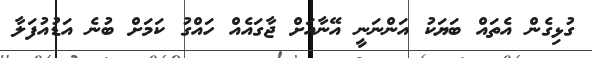
ގުޅިގެން އެތައް ބަޔަކު އަންނަނީ އޭނާއަށް ޖާގައެއް ހައްގު ކަމަށް ބުނެ އަޑުއުފަލާ